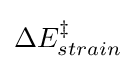
\Delta E_{strain}^{\ddagger }